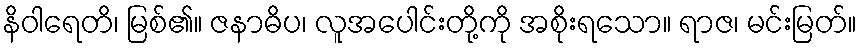
နိဝါရေတိ၊ မြစ်၏။ ဇနာဓိပ၊ လူအပေါင်းတို့ကို အစိုးရသော။ ရာဇ၊ မင်းမြတ်။